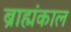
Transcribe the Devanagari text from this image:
ब्राह्मंकाल